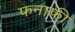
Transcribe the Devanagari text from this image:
फनाफी